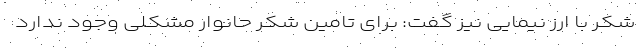
شکر با ارز نیمایی نیز گفت: برای تامین شکر حانوار مشکلی وجود ندارد